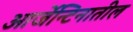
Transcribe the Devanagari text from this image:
आर्जेन्टिनातील